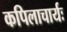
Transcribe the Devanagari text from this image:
कपिलाचार्यः